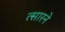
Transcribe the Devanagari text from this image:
त्सारने